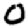
Digit: 0